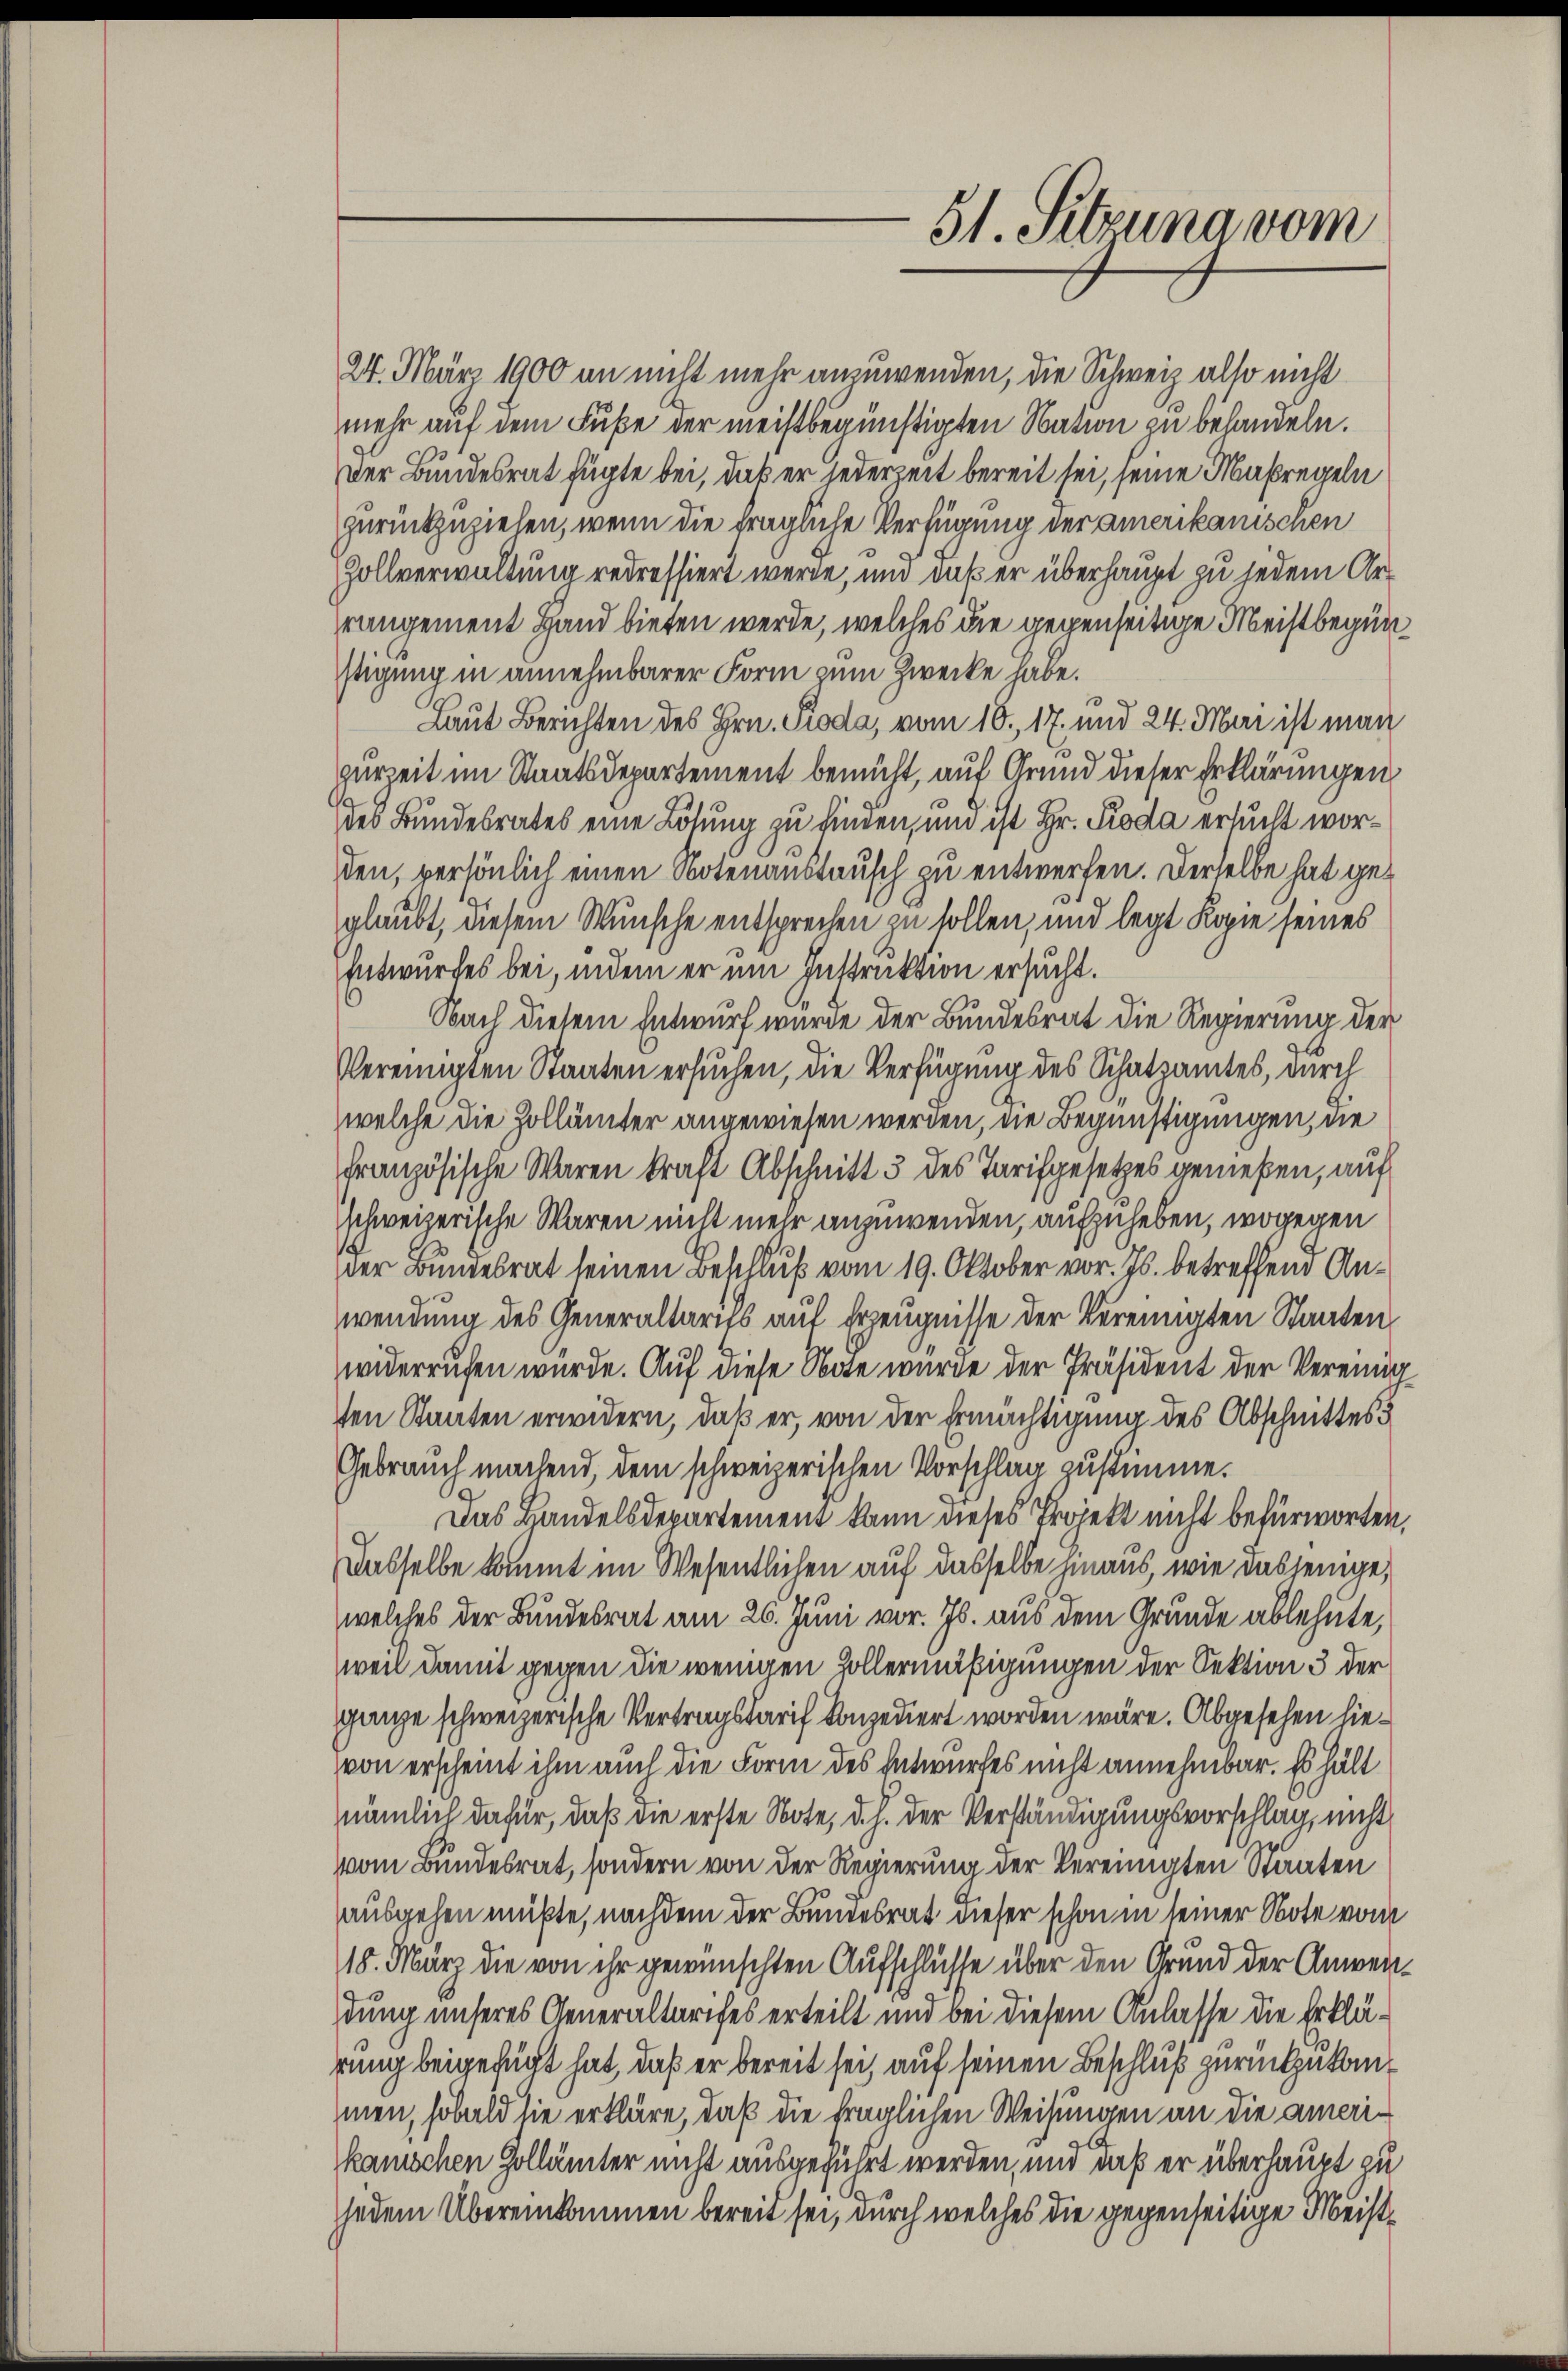
24. März 1900 an nicht mehr anzuwenden, die Schweiz also nicht
mehr auf dem Fuße der meistbegünstigten Nation zu behandeln.
Der Bundesrat fügte bei, daß er jederzeit bereit sei, seine Maßregeln
zurückzuziehen, wenn die fragliche Verfügung der amerikanischen
Zollverwaltung redressiert werde, und daß er überhaupt zu jedem Arrangement Hand bieten werde, welches die gegenseitige Meistbegin
stigung in annehmbarer Form zum Zwecke habe.
Laut Berichten des Hrn. Pioda, vom 16. 17. und 24. Mai ist man
purzeit im Staatsdepartement bemüht, auf Grund dieser Erklärungen,
des Bundesrates eine Lösung zu finden, und ist Hr. Pioda ersucht worden, persönlich einen Notenaustausch zu entwerfen. Derselbe hat geglaubt, diesem Wunsche entsprechen zu sollen, und legt Kopie seines
Entwurfes bei, indem er um Instruktion ersucht.
Nach diesem Entwurf wurde der Bundesrat die Regierung der
Vereinigten Staaten ersuchen, die Verfügung des Schatzamtes, durch
welche die Zollämter angewiesen werden, die Begünstigungen, die
Französische Waren kraft Abschnitt 3 des Tarifgesetzes gemeßen, auf
schweizerische Waren nicht mehr anzuwenden, aufzuheben, wogegen
der Bundesrat seinen Beschluß vom 19. Oktober vor. Js. betreffend Anwendung des Generaltaris auf Erzeugnisse der Vereinigten Staaten
widerrufen wurde. Auf diese Note wurde der Präsident der Vereinig
ten Staaten erwidern, daß er, von der Ermächtigung des Abschnittes
Gebrauch machend, dem schweizerischen Vorschlag zustimme.
Das Handelsdepartement kann dieses Projekt nicht befürworten,
Dasselbe kommt im Wesentlichen auf dasselbe hinaus, wie dasjenige,
welches der Bundesrat am 26. Juni vor. Js. aus dem Grunde ablehnte,
weil damit gegen die wenigen Collermäßigungen der Sektion 3 der
ganze schweizerische Vertragstarif konzediert worden wäre. Abgesehen hievon erscheint ihm auch die Form des Entwurfes nicht annehmbar. Es hält
nämlich dafür, daß die erste Note, d. h. der Verständigungsvorschlag, nicht
vom Bundesrat, sondern von der Regierung der Vereinigten Staaten
ausgehen müßte, nachdem der Bundesrat dieser schon in seiner Note vom
18. März die von ihr gewünschten Aufschlüsse über den Grund der Anweidung unseres Generaltarifes erteilt und bei diesem Anlasse die Erklärung beigefügt hat, daß er bereit sei, auf seinen Beschluß zurückzukommen, sobald sie erkläre, daß die fraglichen Weisungen an die amerikanischen Gollämter nicht ausgeführt werden, und daß er überhaupt zu
jedem Übereinkommen bereit sei, durch welches die gegenseitige Meist¬

51. Sitzuna vom